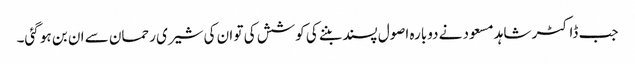
جب ڈاکٹر شاہد مسعود نے دوبارہ اصول پسند بننے کی کوشش کی تو ان کی شیری رحمان سے ان بن ہو گئی۔